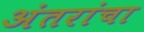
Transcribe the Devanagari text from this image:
अंतरांचा